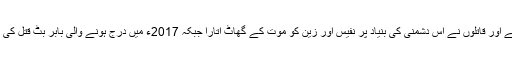
نفیس اور زین کا نام پیپلزپارٹی کے رہنما بابر بٹ کے قتل میں لیا جاتا ہے اور قاتلوں نے اس دشمنی کی بنیاد پر نفیس اور زین کو موت کے گھاٹ اتارا جبکہ 2017ء میں درج ہونے والی بابر بٹ قتل کی ایف آئی آر میں عاطف جٹ، عرفان جٹ اور عاطی بٹ نامزد ملزمان ہیں۔